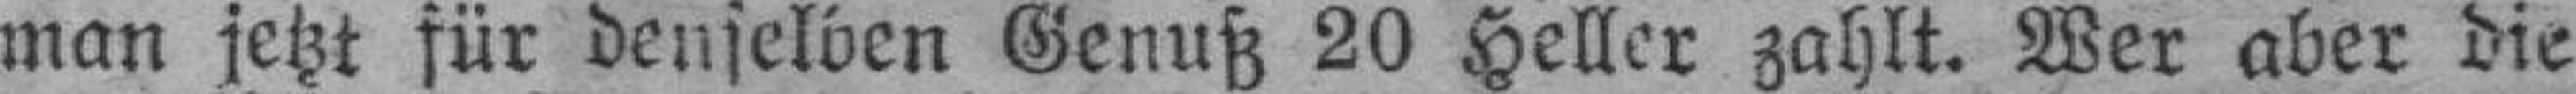
man jetzt für denselben Genuß 20 Heller zahlt. Wer aber die